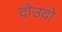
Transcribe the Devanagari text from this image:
दोउदो